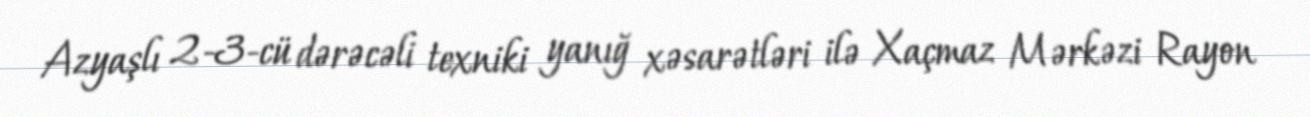
Azyaşlı 2-3-cü dərəcəli texniki yanığ xəsarətləri ilə Xaçmaz Mərkəzi Rayon